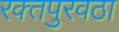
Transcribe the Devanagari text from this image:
रक्‍तपुरवठा